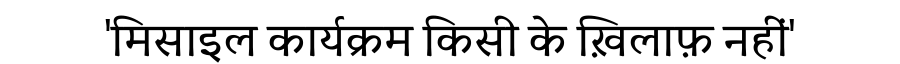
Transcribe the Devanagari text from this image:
'मिसाइल कार्यक्रम किसी के ख़िलाफ़ नहीं'